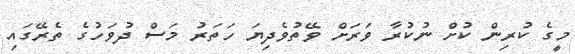
މީގެ ކުރިން ކުށް ނުކުރާ ވަރަށް ވޭތުވެދިޔަ ހަތަރު މަސް ދުވަހުގެ ތެރޭގައި